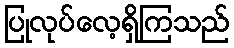
ပြုလုပ်လေ့ရှိကြသည်